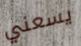
يسعني